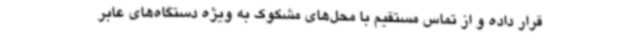
قرار داده و از تماس مستقیم با محل‌های مشکوک به ویژه دستگاه‌های عابر